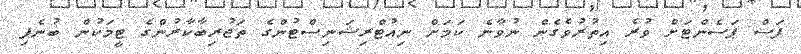
ފަސް ޕަސެންޓަށް ވުރެ އިތުރުވެގެން ނުވާނެ ކަމަށް ނިއުޓްރިޝަނިސްޓުންގެ ތަޖުރިބާކާރުންގެ ޓީމަކުން ބުނެފި